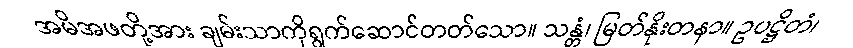
အမိအဖတို့အား ချမ်းသာကိုရွက်ဆောင်တတ်သော။ သန္တံ၊ မြတ်နိုးတနာ။ ဥပဋ္ဌိတံ၊